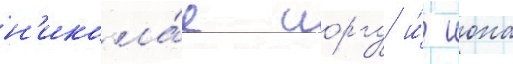
н'икола́е иоргу и́ иона